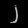
Digit: ၂